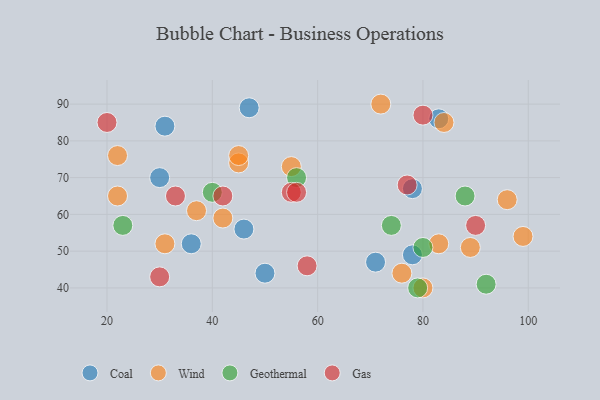
{"axis": {"x": "GDP", "y": "Life Expectancy"}, "legend": ["Coal", "Gas", "Geothermal", "Wind"], "data": [{"x": "47", "y": 89, "type": "Coal"}, {"x": "36", "y": 52, "type": "Coal"}, {"x": "78", "y": 67, "type": "Coal"}, {"x": "78", "y": 49, "type": "Coal"}, {"x": "71", "y": 47, "type": "Coal"}, {"x": "31", "y": 84, "type": "Coal"}, {"x": "46", "y": 56, "type": "Coal"}, {"x": "30", "y": 70, "type": "Coal"}, {"x": "83", "y": 86, "type": "Coal"}, {"x": "50", "y": 44, "type": "Coal"}, {"x": "45", "y": 74, "type": "Wind"}, {"x": "31", "y": 52, "type": "Wind"}, {"x": "55", "y": 73, "type": "Wind"}, {"x": "45", "y": 76, "type": "Wind"}, {"x": "22", "y": 65, "type": "Wind"}, {"x": "84", "y": 85, "type": "Wind"}, {"x": "76", "y": 44, "type": "Wind"}, {"x": "89", "y": 51, "type": "Wind"}, {"x": "72", "y": 90, "type": "Wind"}, {"x": "22", "y": 76, "type": "Wind"}, {"x": "99", "y": 54, "type": "Wind"}, {"x": "96", "y": 64, "type": "Wind"}, {"x": "42", "y": 59, "type": "Wind"}, {"x": "37", "y": 61, "type": "Wind"}, {"x": "83", "y": 52, "type": "Wind"}, {"x": "80", "y": 40, "type": "Wind"}, {"x": "56", "y": 70, "type": "Geothermal"}, {"x": "40", "y": 66, "type": "Geothermal"}, {"x": "79", "y": 40, "type": "Geothermal"}, {"x": "23", "y": 57, "type": "Geothermal"}, {"x": "80", "y": 51, "type": "Geothermal"}, {"x": "74", "y": 57, "type": "Geothermal"}, {"x": "92", "y": 41, "type": "Geothermal"}, {"x": "88", "y": 65, "type": "Geothermal"}, {"x": "80", "y": 87, "type": "Gas"}, {"x": "90", "y": 57, "type": "Gas"}, {"x": "33", "y": 65, "type": "Gas"}, {"x": "77", "y": 68, "type": "Gas"}, {"x": "20", "y": 85, "type": "Gas"}, {"x": "55", "y": 66, "type": "Gas"}, {"x": "56", "y": 66, "type": "Gas"}, {"x": "42", "y": 65, "type": "Gas"}, {"x": "30", "y": 43, "type": "Gas"}, {"x": "58", "y": 46, "type": "Gas"}]}